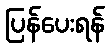
ပြန်ပေးရန်